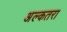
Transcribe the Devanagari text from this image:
अल्कतरा